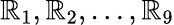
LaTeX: \boldsymbol{\mathbb{R}}_{1},\boldsymbol{\mathbb{R}}_{2},\dots,\boldsymbol{\mathbb{R}}_{9}